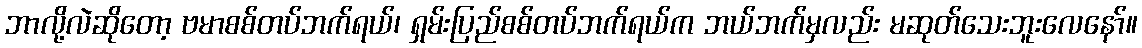
ဘာလို့လဲဆိုတော့ ဗမာစစ်တပ်ဘက်ရယ်၊ ရှမ်းပြည်စစ်တပ်ဘက်ရယ်က ဘယ်ဘက်မှလည်း မဆုတ်သေးဘူးလေနော်။